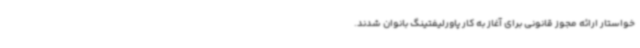
خواستار ارائه مجوز قانونی برای آغاز به کار پاورلیفتینگ بانوان شدند.